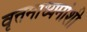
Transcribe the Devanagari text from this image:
वृत्तमाध्यमांशी